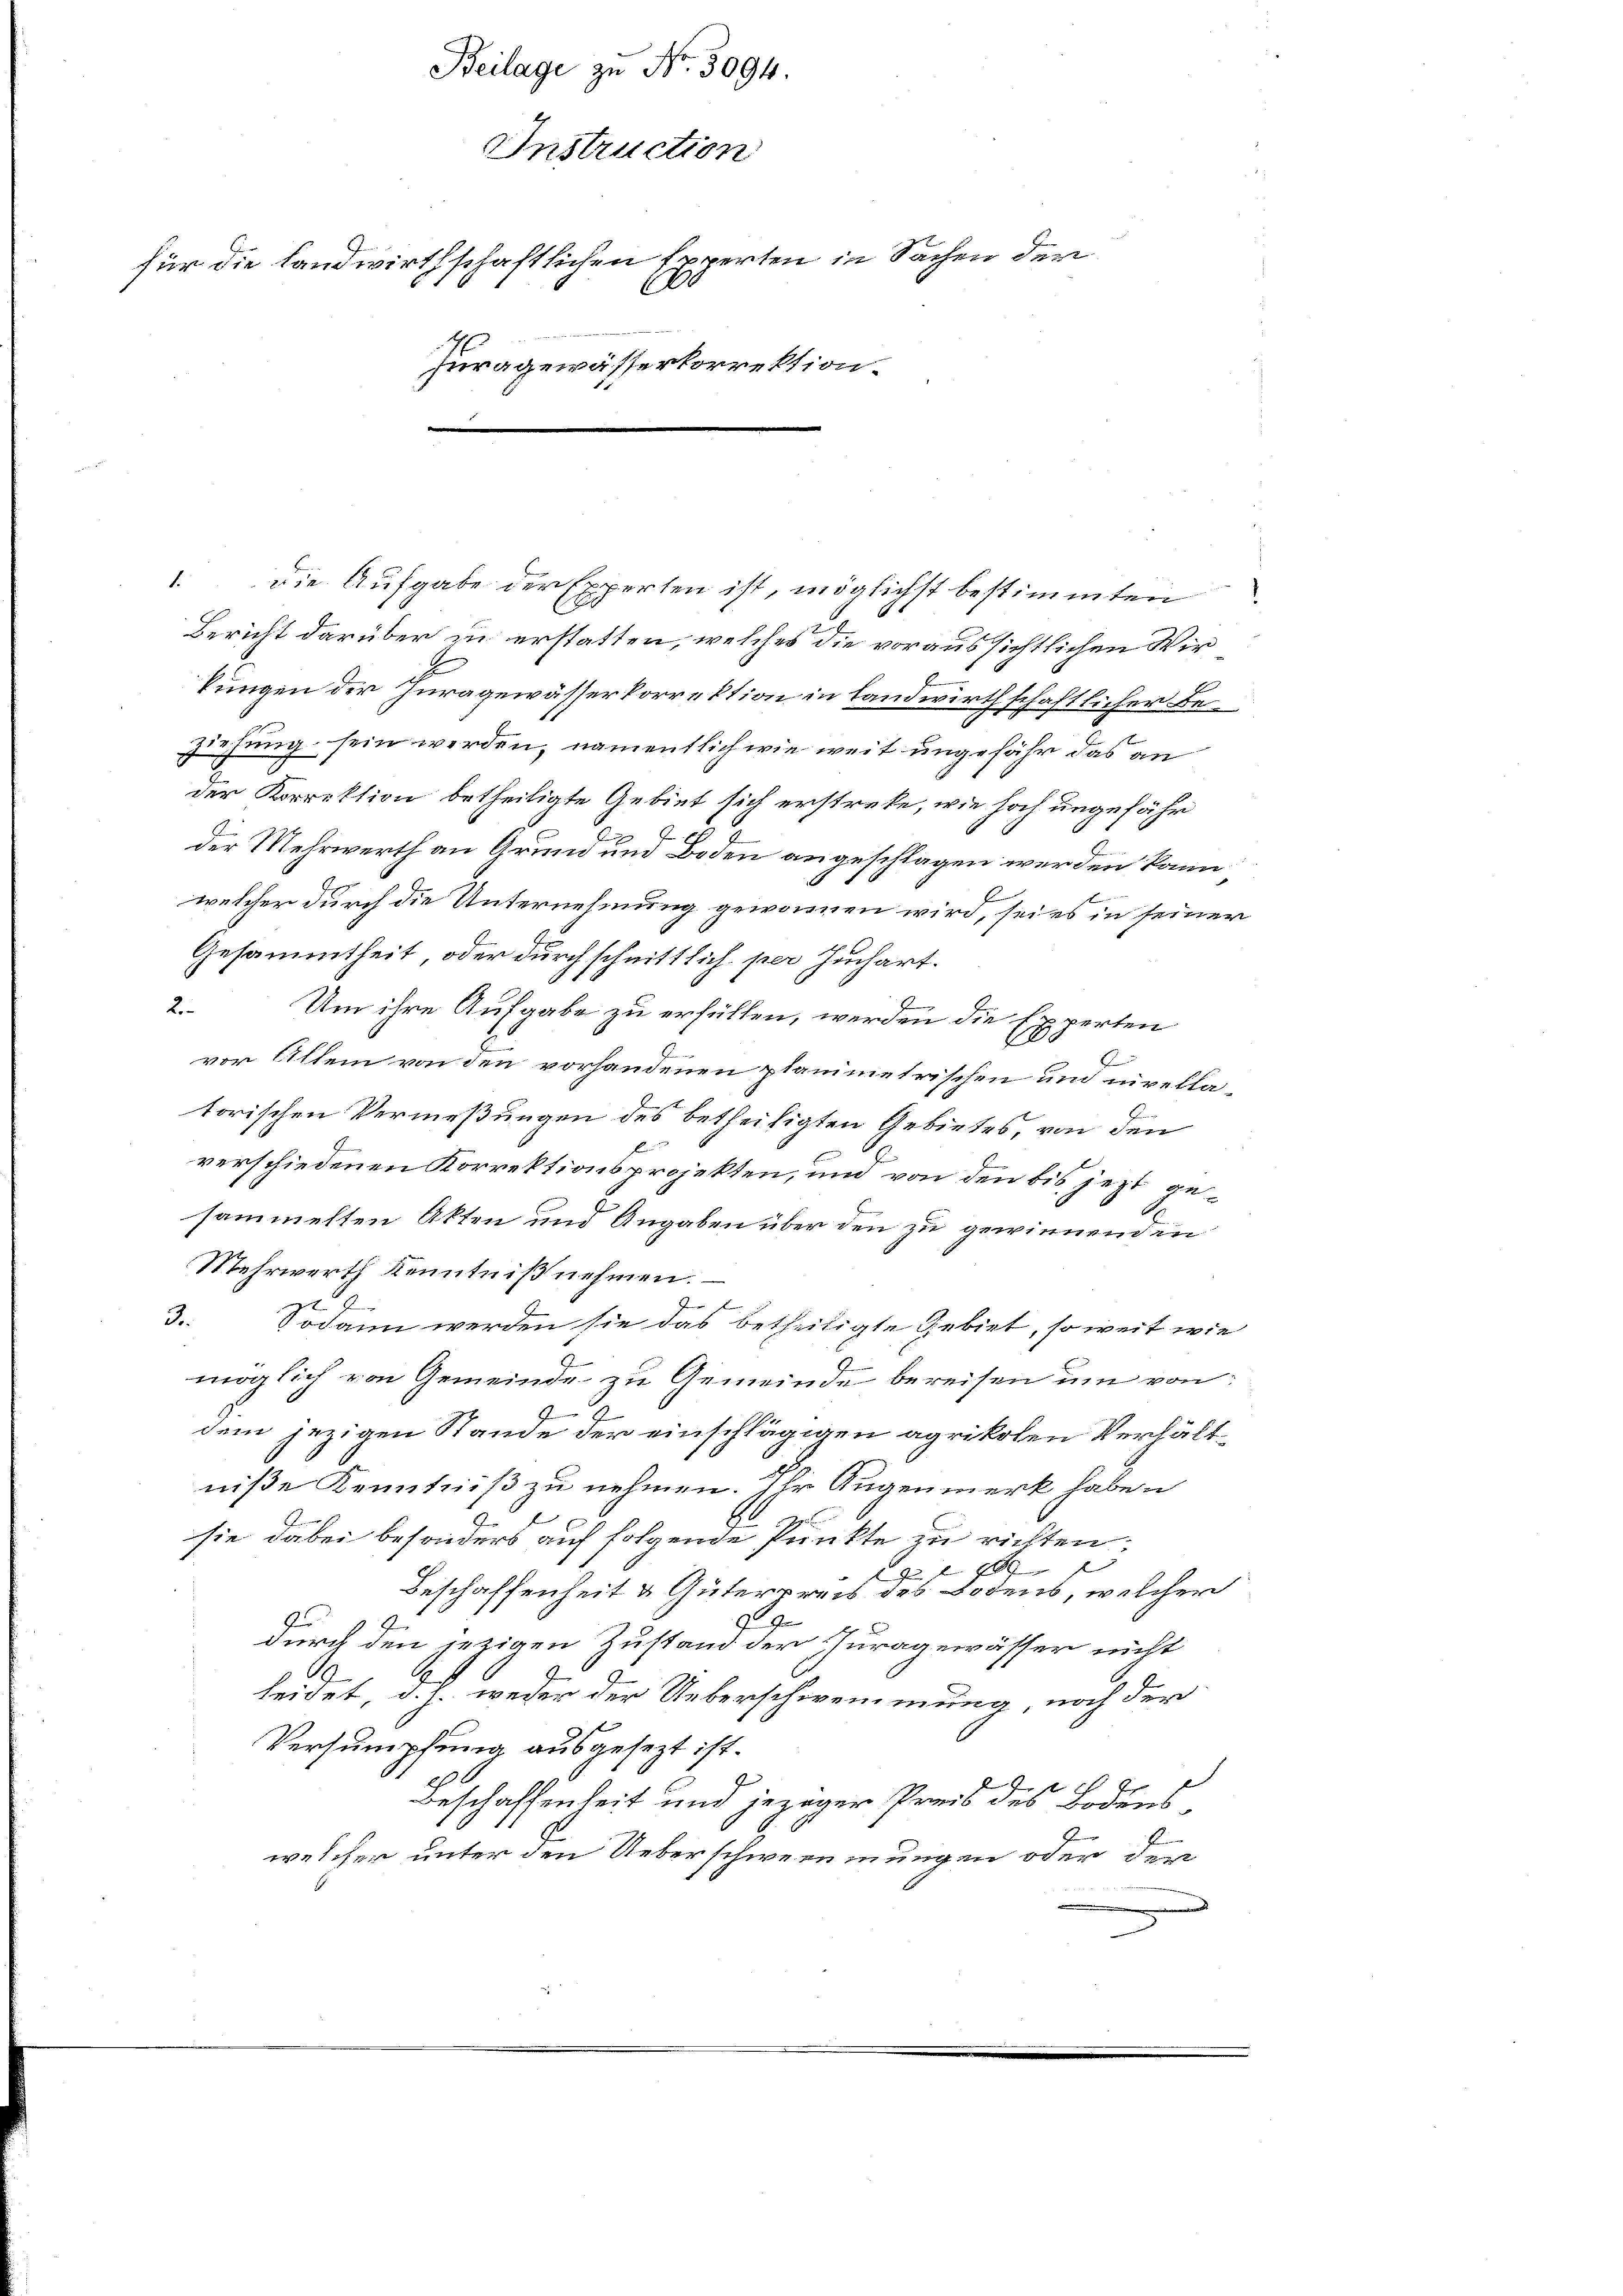
Beilage zu Nr. 3094.
Instruction
für die Landwirthschaftlichen Experten in Sachen der
A
Juragewässerkorrektion.

1. die Aufgabe der Experten ist, möglichst bestimmten
Bericht darüber zu erstatten, welches die voraussichtlichen Wir
kungen der Huragewässerkorrektion in landwirthschaftlicher Be¬
Ziehung sein werden, namentlich wie weit ungefähr das an
der Korrektion betheiligte Gebiet sich erstreke, wie hoch ungefähr
2
der Mehrwerth an Grund und Boden angeschlagen werden kann
welcher durch die Unternehmung gewonnen wird, sei es in seiner
Gesammtheit, oder durchschnittlich per Juchart.
2.
Um ihre Aufgabe zu erfüllen, werden die Experten
2
vor Allem von den vorhandenen planimetrischen und nivellatorischen Vermeßungen des betheiligten Gebietes, von den
verschiedenen Korrektionsprojekten, und von den bis jezt ge¬
.
sammelten Akten und Angaben über den zu gewinnenden
Mehrwerth Kenntniß nehmen.
b
zt
3.
Sodann werden sie das betheiligte Gebiet, so weit wie
möglich von Gemeinde zu Gemeinde bereisen um von
dem jezigen Stande der einschlägigen agrikolen Verhältniße Kenntniß zu nehmen. Ihr Augenmerk haben
sie dabei besonders auf folgende Punkte zu richten;
f

Beschaffenheit & Güterpreis des Bodens, welcher
n
durch den jezigen Zustand der Churagewässer nicht
A
leidet, d. J. weder der Ueberschwemmung noch der
Versumpfung ausgesezt ist.
l
Beschaffenheit und jeziger Preis des Bodenswelcher unter den Ueberschwernmungen oder den